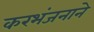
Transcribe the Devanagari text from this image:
करभंजनाने